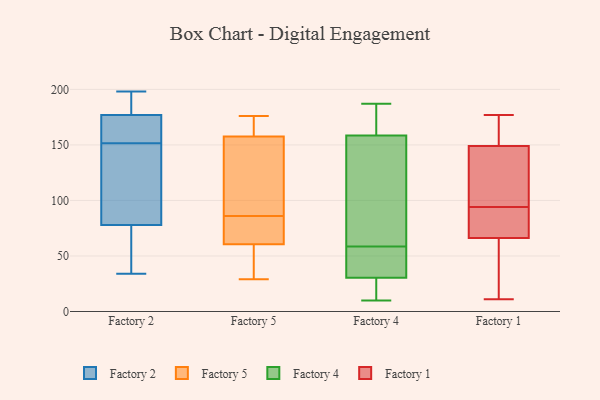
{"axis": {"x": "Active Users", "y": "Value"}, "legend": ["Factory 1", "Factory 2", "Factory 4", "Factory 5"], "data": [{"x": "", "y": 34, "type": "Factory 2"}, {"x": "", "y": 159, "type": "Factory 2"}, {"x": "", "y": 95, "type": "Factory 2"}, {"x": "", "y": 177, "type": "Factory 2"}, {"x": "", "y": 145, "type": "Factory 2"}, {"x": "", "y": 177, "type": "Factory 2"}, {"x": "", "y": 172, "type": "Factory 2"}, {"x": "", "y": 158, "type": "Factory 2"}, {"x": "", "y": 198, "type": "Factory 2"}, {"x": "", "y": 78, "type": "Factory 2"}, {"x": "", "y": 143, "type": "Factory 2"}, {"x": "", "y": 51, "type": "Factory 2"}, {"x": "", "y": 51, "type": "Factory 2"}, {"x": "", "y": 195, "type": "Factory 2"}, {"x": "", "y": 45, "type": "Factory 5"}, {"x": "", "y": 158, "type": "Factory 5"}, {"x": "", "y": 86, "type": "Factory 5"}, {"x": "", "y": 176, "type": "Factory 5"}, {"x": "", "y": 59, "type": "Factory 5"}, {"x": "", "y": 164, "type": "Factory 5"}, {"x": "", "y": 93, "type": "Factory 5"}, {"x": "", "y": 65, "type": "Factory 5"}, {"x": "", "y": 82, "type": "Factory 5"}, {"x": "", "y": 156, "type": "Factory 5"}, {"x": "", "y": 29, "type": "Factory 5"}, {"x": "", "y": 26, "type": "Factory 4"}, {"x": "", "y": 46, "type": "Factory 4"}, {"x": "", "y": 187, "type": "Factory 4"}, {"x": "", "y": 36, "type": "Factory 4"}, {"x": "", "y": 161, "type": "Factory 4"}, {"x": "", "y": 32, "type": "Factory 4"}, {"x": "", "y": 174, "type": "Factory 4"}, {"x": "", "y": 29, "type": "Factory 4"}, {"x": "", "y": 156, "type": "Factory 4"}, {"x": "", "y": 13, "type": "Factory 4"}, {"x": "", "y": 133, "type": "Factory 4"}, {"x": "", "y": 63, "type": "Factory 4"}, {"x": "", "y": 54, "type": "Factory 4"}, {"x": "", "y": 173, "type": "Factory 4"}, {"x": "", "y": 72, "type": "Factory 4"}, {"x": "", "y": 10, "type": "Factory 4"}, {"x": "", "y": 27, "type": "Factory 1"}, {"x": "", "y": 174, "type": "Factory 1"}, {"x": "", "y": 164, "type": "Factory 1"}, {"x": "", "y": 148, "type": "Factory 1"}, {"x": "", "y": 79, "type": "Factory 1"}, {"x": "", "y": 152, "type": "Factory 1"}, {"x": "", "y": 112, "type": "Factory 1"}, {"x": "", "y": 148, "type": "Factory 1"}, {"x": "", "y": 74, "type": "Factory 1"}, {"x": "", "y": 11, "type": "Factory 1"}, {"x": "", "y": 43, "type": "Factory 1"}, {"x": "", "y": 100, "type": "Factory 1"}, {"x": "", "y": 11, "type": "Factory 1"}, {"x": "", "y": 93, "type": "Factory 1"}, {"x": "", "y": 88, "type": "Factory 1"}, {"x": "", "y": 177, "type": "Factory 1"}, {"x": "", "y": 94, "type": "Factory 1"}]}